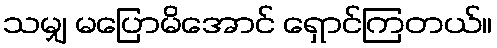
သမျှ မပြောမိအောင် ရှောင်ကြတယ်။